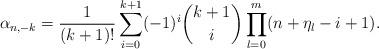
LaTeX: \begin{align*} \alpha_{n,-k} = \frac{1}{(k+1)!} \sum_{i=0}^{k+1} (-1)^{i} {k+1 \choose i} \prod_{l=0}^m (n+\eta_l-i+1) .\end{align*}